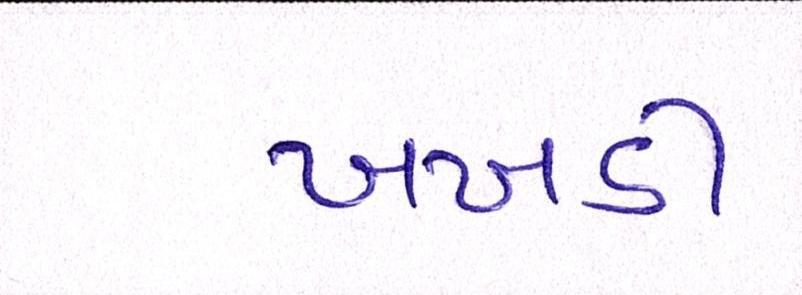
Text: ખખડી